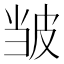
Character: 𫵃